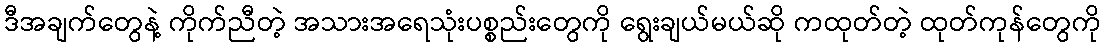
ဒီအချက်တွေနဲ့ ကိုက်ညီတဲ့ အသားအရေသုံးပစ္စည်းတွေကို ရွေးချယ်မယ်ဆို ကထုတ်တဲ့ ထုတ်ကုန်တွေကို